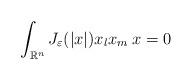
LaTeX: \begin{align*}\int_{\mathbb{R}^n}J_\varepsilon(|x|)x_lx_m\:x = 0\end{align*}